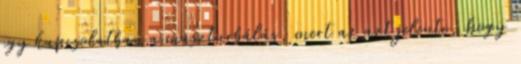
egy kapcsolatban a maszturbálás, mert az azt jelenti, hogy